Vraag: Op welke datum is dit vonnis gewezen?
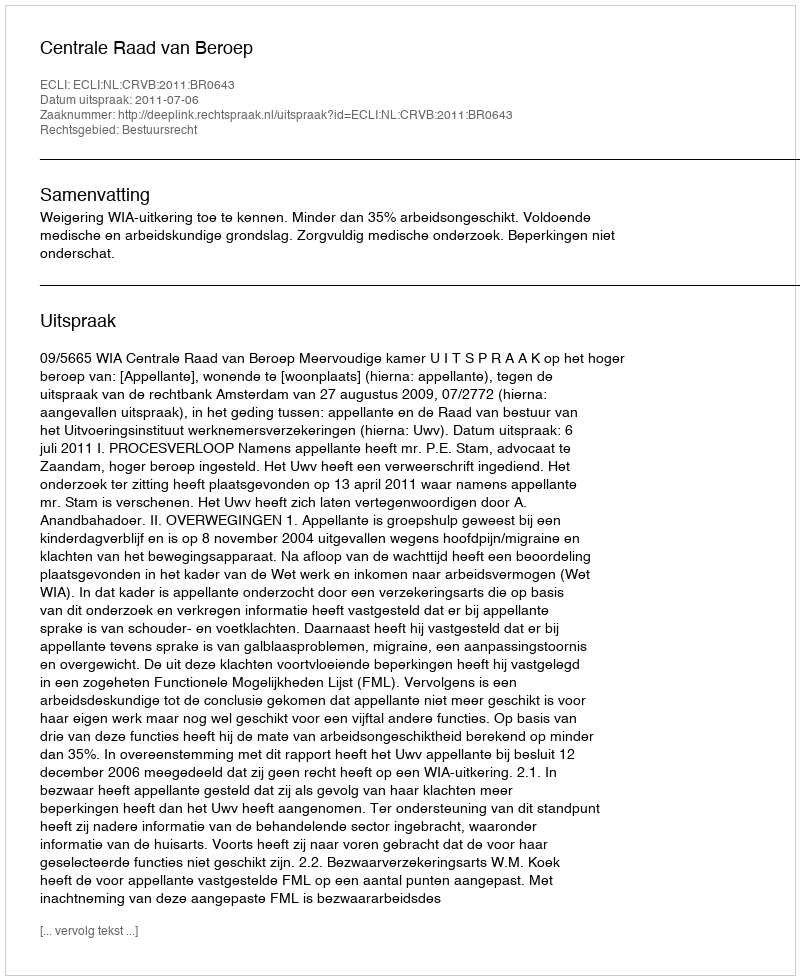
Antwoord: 2011-07-06